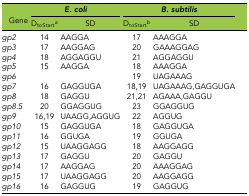
| <ROWSPAN=2> Gene | <COLSPAN=2> E. coli | <COLSPAN=2> B. subtilis |
 | DtoStarta | SD | DtoStartb | SD |
 | --- | --- | --- | --- | --- |
 | gp2 | 14 | AAGGA | 17 | AAAGGA |
 | gp3 | 17 | AAGGAG | 20 | GAAAGGAG |
 | gp4 | 18 | AGGAGGU | 21 | AGGAGGU |
 | gp5 | 15 | AAGGA | 18 | AAAGGA |
 | gp6 |  |  | 19 | UAGAAAG |
 | gp7 | 16 | GAGGUGA | 18,19 | UAGAAAG,GAGGUGA |
 | gp8 | 18 | GAGGU | 21,21 | AGAAA,GAGGU |
 | gp8.5 | 20 | GGAGGUG | 23 | GGAGGUG |
 | gp9 | 16,19 | UAAGG,AGGUG | 22 | AGGUG |
 | gp10 | 15 | GAGGUGA | 18 | GAGGUGA |
 | gp11 | 16 | GGUGA | 19 | GGUGA |
 | gp12 | 15 | UAAGGAGG | 18 | AAGGAGG |
 | gp13 | 17 | GAGGU | 20 | GAGGU |
 | gp14 | 17 | AAGGAG | 20 | AAAGGAG |
 | gp15 | 17 | UAAGGAGG | 20 | AAGGAGG |
 | gp16 | 16 | GAGGUG | 19 | GAGGUG |